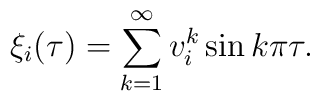
\xi_i(\tau)= \sum_{k=1}^{\infty} v^k_i \sin k \pi \tau.